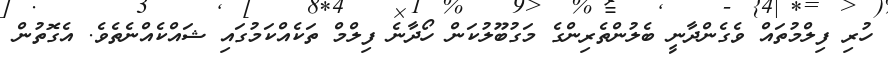
ހުރި ފިލްމުތައް ވެގެންދާނީ ބެލުންތެރިންގެ މަގުބޫލުކަން ހޯދާނެ ފިލްމް ތަކެއްކަމުގައި ޝައްކެއްނެތެވެ. އެގޮތުން